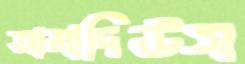
আমাদিউস